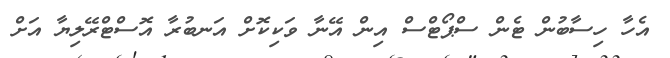
އެހާ ހިސާބުން ޓެން ސްޕޯޓްސް އިން އޭނާ ވަކިކޮށް އަނބުރާ އޮސްޓްރޭލިޔާ އަށް